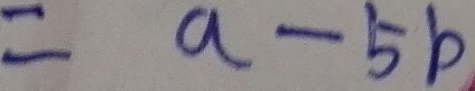
= a - 5 b